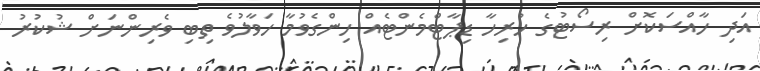
އަދި ހާއްސަކޮށް ރިސޯޓުގެ ހުރިހާ ޑިޕާޓްމެންޓެއް ހިންގެވުމާ ހަވާލުވެ ތިބި ވެރިންނަށް ޝުކުރު